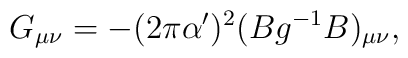
G_{\mu\nu}=-(2\pi\alpha')^2(Bg^{-1}B)_{\mu\nu},